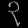
Digit: ၃